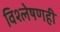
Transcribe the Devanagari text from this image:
विश्‍लेषणही